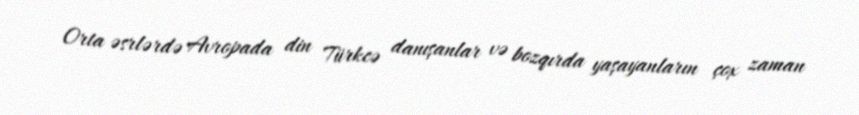
Orta əsrlərdə Avropada din Türkcə danışanlar və bozqırda yaşayanların çox zaman